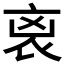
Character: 𧘮